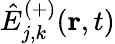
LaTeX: \hat{E}_{j,k}^{(+)}(\mathbf{r},t)